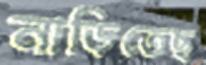
নাড়িতেছ